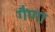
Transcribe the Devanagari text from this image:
गैणा